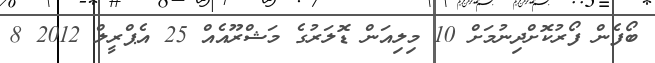
ބޯފެން ފޯރުކޮށްދިނުމަށް 10 މިލިއަން ޑޮލަރުގެ މަޝްރޫއެއް 25 އެޕްރީލް 2012 8